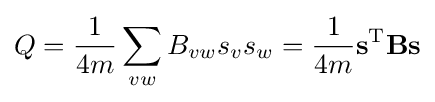
Q={1 \over 4m}\sum _{vw}B_{vw}s_{v}s_{w}={1 \over 4m}\mathbf {s} ^{\mathrm {T} }\mathbf {Bs}